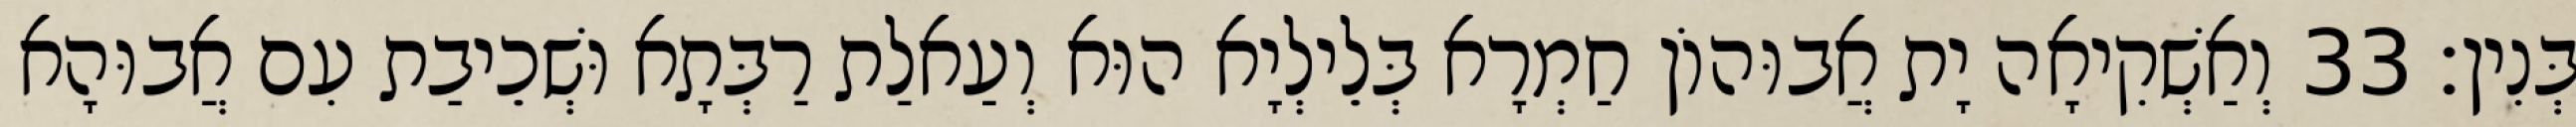
בְּנִין׃ 33 וְאַשְׁקִיאָה יָת אֲבוּהוֹן חַמְרָא בְּלֵילְיָא הוּא וְעַאלַת רַבְּתָא וּשְׁכֵיבַת עִם אֲבוּהָא